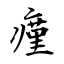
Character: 瘽